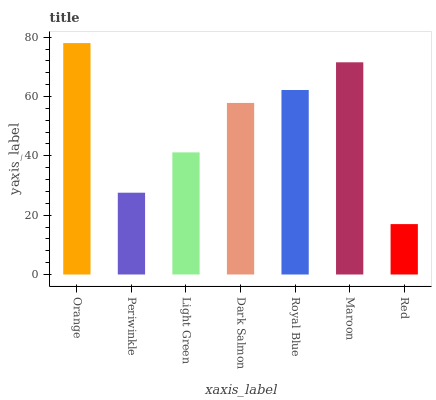
| xaxis_label | bars |
 | --- | --- |
 | Orange | 78 |
 | Periwinkle | 27.6 |
 | Light Green | 41.2 |
 | Dark Salmon | 57.8 |
 | Royal Blue | 62.2 |
 | Maroon | 71.5 |
 | Red | 17 |